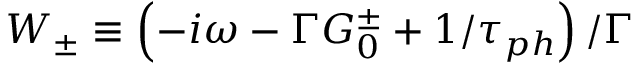
W _ { \pm } \equiv \left( - i \omega - \Gamma G _ { 0 } ^ { \pm } + 1 / \tau _ { p h } \right) / \Gamma